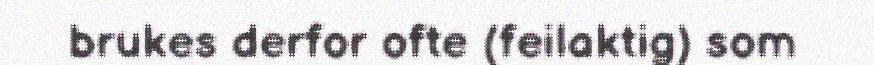
brukes derfor ofte (feilaktig) som